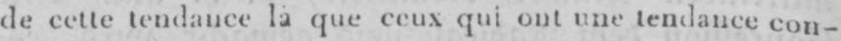
de cette tendance là queceux qui ont une tendance con-